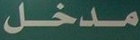
مدخل